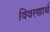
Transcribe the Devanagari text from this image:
विवरणार्थ